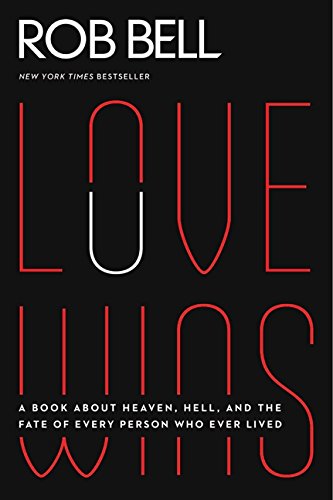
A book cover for Love Wins: A Book About Heaven, Hell, and the Fate of Every Person Who Ever Lived; Rob Bell; Christian Books & Bibles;